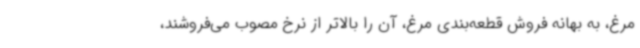
مرغ، به بهانه فروش قطعه‌بندی مرغ، آن را بالاتر از نرخ مصوب می‌فروشند،